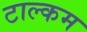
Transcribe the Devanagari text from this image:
टाल्कम